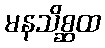
မနသိစ္ဆထ